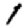
Digit: 1